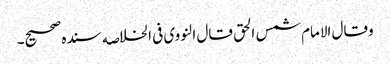
وقال الامام شمس الحق قال النووی فی الخلاصه سنده صحیح۔